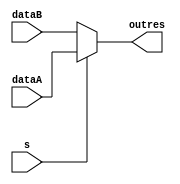
module Mux5(dataA,dataB,s,outres);
  parameter Size =5;
  input [Size-1:0] dataA,dataB; 
  input s; 
  output [Size-1:0] outres;
  
  
	assign outres = (s)?dataA:dataB;
endmodule